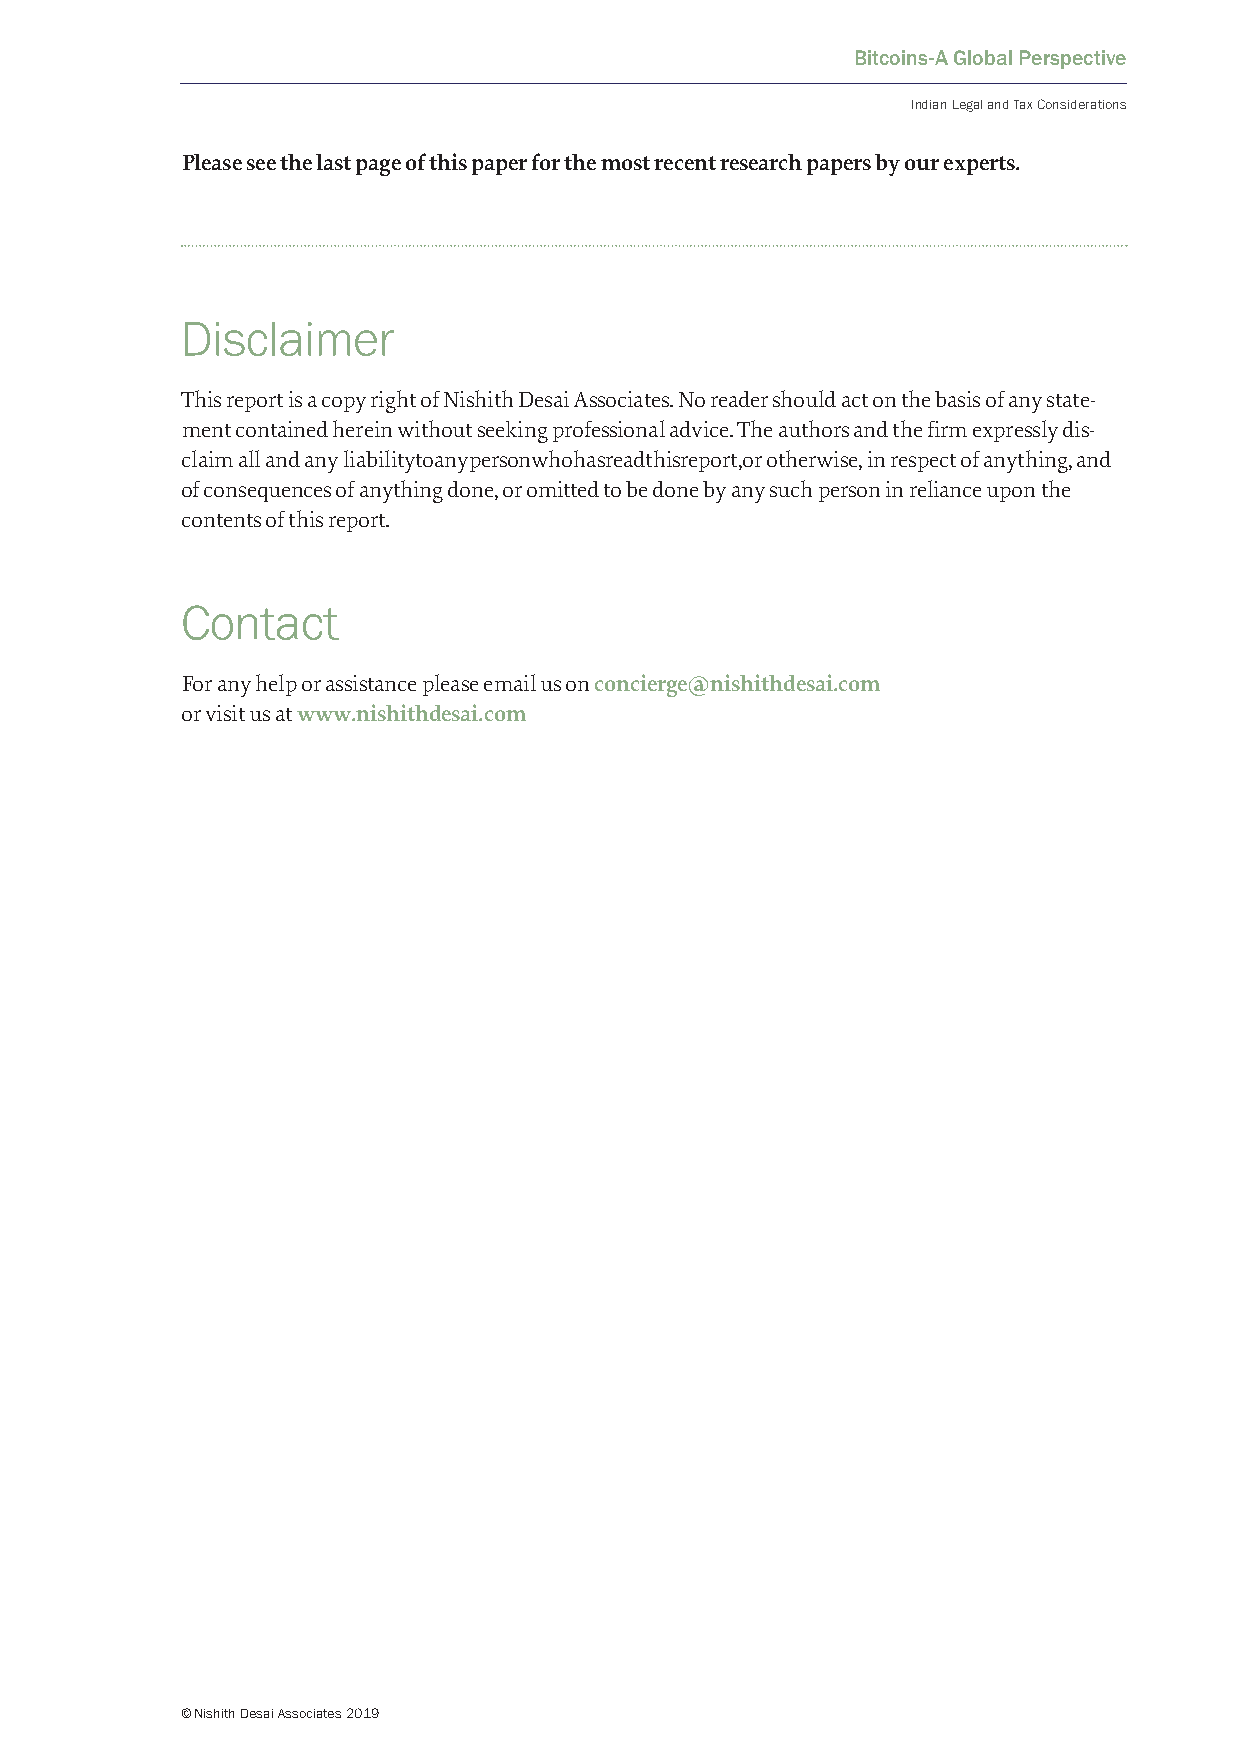
Bitcoins-A Global Perspective
 Indian Legal and Tax Considerations
 Please see the last page of this paper for the most recent research papers by our experts.
 Disclaimer
 This report is a copy right of Nishith Desai Associates. No reader should act on the basis of any state-
 ment contained herein without seeking professional advice. The authors and the firm expressly dis-
 claim all and any liabilitytoanypersonwhohasreadthisreport,or otherwise, in respect of anything, and
 of consequences of anything done, or omitted to be done by any such person in reliance upon the
 contents of this report.
 Contact
 For any help or assistance please email us on concierge@nishithdesai.com
 or visit us at www.nishithdesai.com
 © Nishith Desai Associates 2019